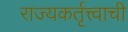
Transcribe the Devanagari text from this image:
राज्यकर्तृत्त्वाची